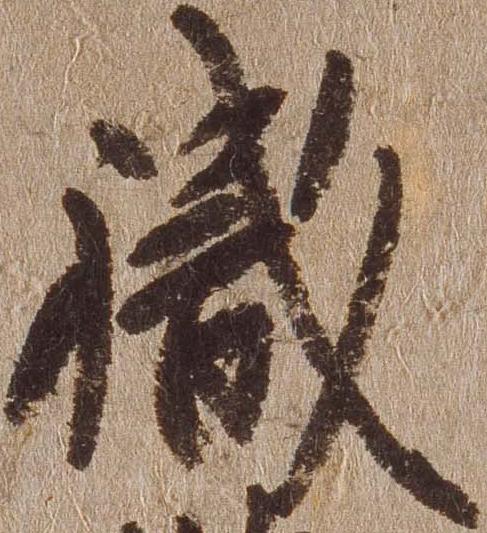
職